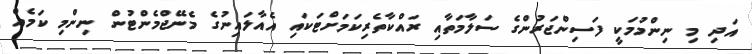
އަދި މި ނިންމުމަކީ ފަސިންޖަރުންގެ ސަލާމަތާއި ރައްކާތެރިކަމަށްޓަކައި އެއާލައިނުގެ މެނޭޖްމެންޓުން ނިންމި ކަމެއް